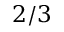
2 / 3